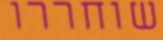
שוחררו